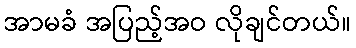
အာမခံ အပြည့်အဝ လိုချင်တယ်။